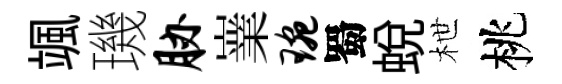
颯璣胁嶪琬蜀蛻枻桃